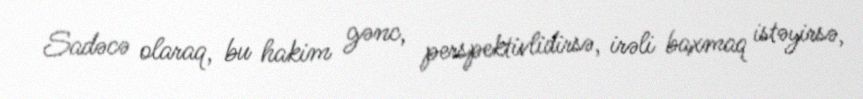
Sadəcə olaraq, bu hakim gənc, perspektivlidirsə, irəli baxmaq istəyirsə,